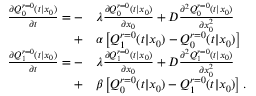
\begin{array} { r l } { \frac { \partial Q _ { 0 } ^ { r = 0 } ( t | x _ { 0 } ) } { \partial t } = - } & { \lambda \frac { \partial Q _ { 0 } ^ { r = 0 } ( t | x _ { 0 } ) } { \partial x _ { 0 } } + D \frac { \partial ^ { 2 } Q _ { 0 } ^ { r = 0 } ( t | x _ { 0 } ) } { \partial x _ { 0 } ^ { 2 } } } \\ { + } & { \alpha \left[ Q _ { 1 } ^ { r = 0 } ( t | x _ { 0 } ) - Q _ { 0 } ^ { r = 0 } ( t | x _ { 0 } ) \right] } \\ { \frac { \partial Q _ { 1 } ^ { r = 0 } ( t | x _ { 0 } ) } { \partial t } = - } & { \lambda \frac { \partial Q _ { 1 } ^ { r = 0 } ( t | x _ { 0 } ) } { \partial x _ { 0 } } + D \frac { \partial ^ { 2 } Q _ { 1 } ^ { r = 0 } ( t | x _ { 0 } ) } { \partial x _ { 0 } ^ { 2 } } } \\ { + } & { \beta \left[ Q _ { 0 } ^ { r = 0 } ( t | x _ { 0 } ) - Q _ { 1 } ^ { r = 0 } ( t | x _ { 0 } ) \right] . } \end{array}